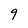
Character: 9